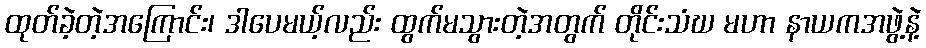
ထုတ်ခဲ့တဲ့အကြောင်း၊ ဒါပေမယ့်လည်း ထွက်မသွားတဲ့အတွက် တိုင်းသံဃ မဟာ နာယကအဖွဲ့နဲ့